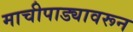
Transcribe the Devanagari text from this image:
माचीपाड्यावरून